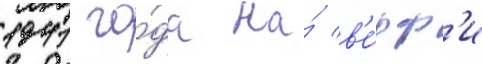
1941 го́да на́ в'е́рф'и